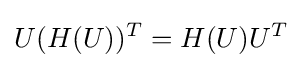
U(H(U))^{T}=H(U)U^{T}